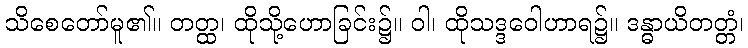
သိစေတော်မူ၏။ တတ္ထ၊ ထိုသို့ဟောခြင်း၌။ ဝါ၊ ထိုသဒ္ဒဝေါဟာရ၌။ ဒန္ဓာယိတတ္တံ၊